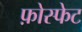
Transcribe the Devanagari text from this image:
फ़ोस्फेट